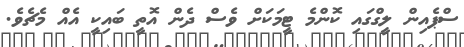
ސްޕެއިން ލީގްގައި ކޮންމެ ޓީމަކަށް ވެސް ދެން އޮތީ ބައިކީ އެއް މެޗެވެ.